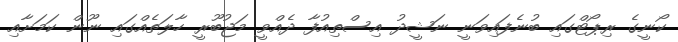
ކޯނީގެ ރިޕޯޓްގައި ބުނެފައިވަނީ ނަޝީދު އިސްތިއުފާ ދެއްވީ މަޖުބޫރީ ހާލަތެއްގައި ނޫން ކަމަށާއި